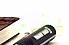
للظهور